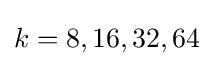
k=8,16,32,64